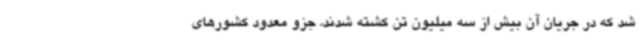
شد که در جریان آن بیش از سه میلیون تن کشته شدند، جزو معدود کشورهای